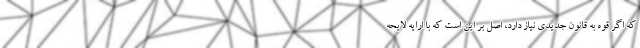
که اگر قوه به قانون جدیدی نیاز دارد، اصل بر این است که با ارایه لایحه